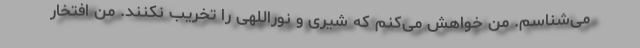
می‌شناسم. من خواهش می‌کنم که شیری و نوراللهی را تخریب نکنند. من افتخار